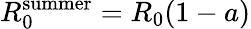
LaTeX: R_{0}^{\mathrm{summer}}=R_{0}(1-a)